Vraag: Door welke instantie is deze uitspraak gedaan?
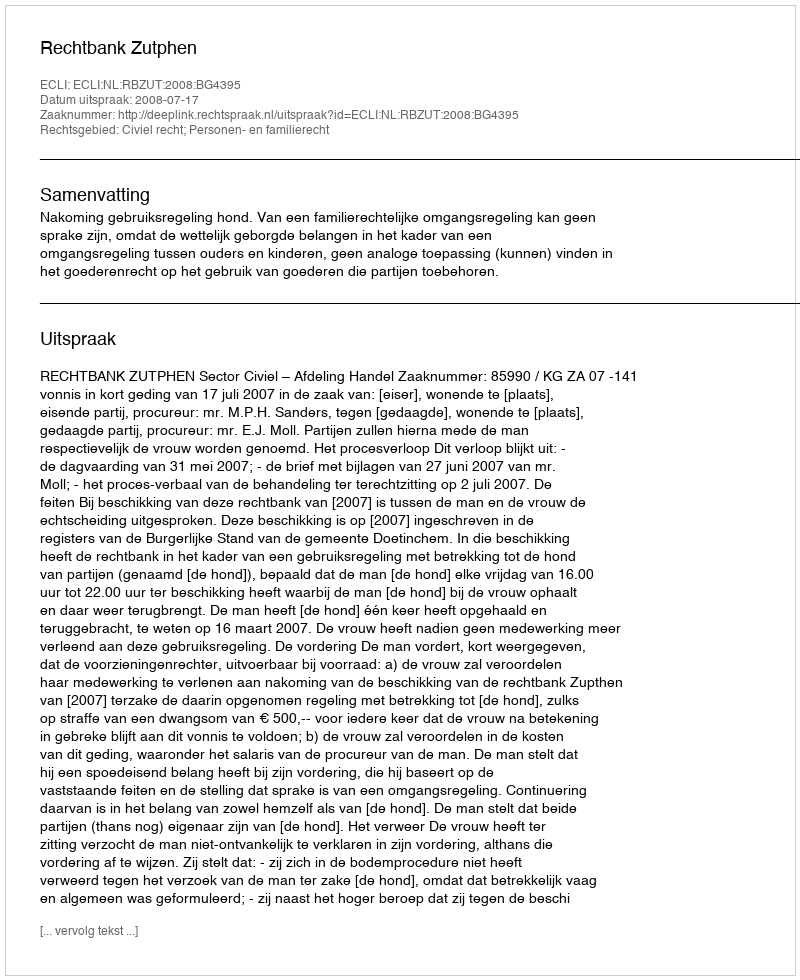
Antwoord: Rechtbank Zutphen